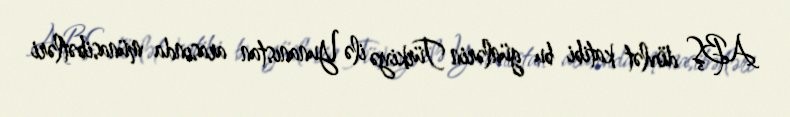
ABŞ dövlət katibi bu günlərin Türkiyə ilə Yunanıstan arasında münasibətləri